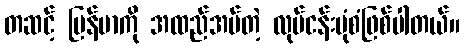
တဆင့် မြန်မာကို အထည်အပ်တဲ့ လုပ်ငန်းပုံစံဖြစ်ပါတယ်။